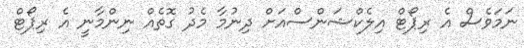
ނަމަވެސް އެ ރިޕޯޓް އިލެކްޝަންސްއަށް ދިނުމާ މެދު ގޮތެއް ނިންމާނީ އެ ރިޕޯޓް